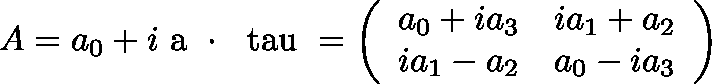
A = a _ { 0 } + i \mathrm { \boldmath ~ a ~ } \cdot \mathrm { \boldmath ~ \ t a u ~ } = \left( \begin{array} { c c } { { a _ { 0 } + i a _ { 3 } } } & { { i a _ { 1 } + a _ { 2 } } } \\ { { i a _ { 1 } - a _ { 2 } } } & { { a _ { 0 } - i a _ { 3 } } } \end{array} \right)